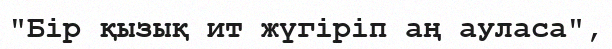
"Бір қызық ит жүгіріп аң ауласа",